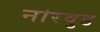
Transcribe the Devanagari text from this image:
नोरवुड